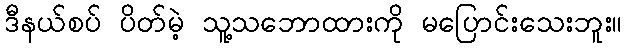
ဒီနယ်စပ် ပိတ်မဲ့ သူ့သဘောထားကို မပြောင်းသေးဘူး။